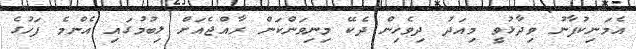
އެމަނިކުފާނު ވިދާޅުވީ މިއަދު ދިވެހިން ދެކޭ މިނިވަންކަން ރާއްޖެއަށް ލިބުމުގައި އެންމެ ފަހުގެ